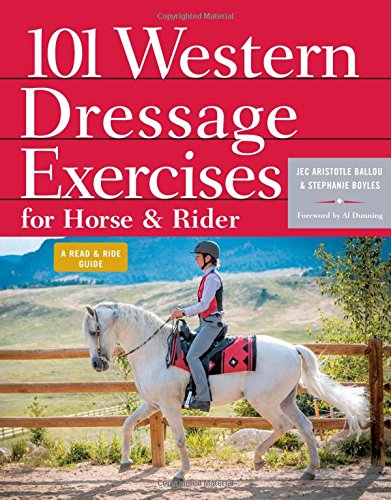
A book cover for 101 Western Dressage Exercises for Horse & Rider; Jec Aristotle Ballou; Crafts, Hobbies & Home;